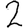
Digit: 2